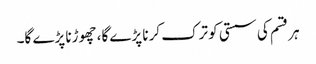
ہر قسم کی سستی کو ترک کرنا پڑے گا، چھوڑنا پڑے گا۔